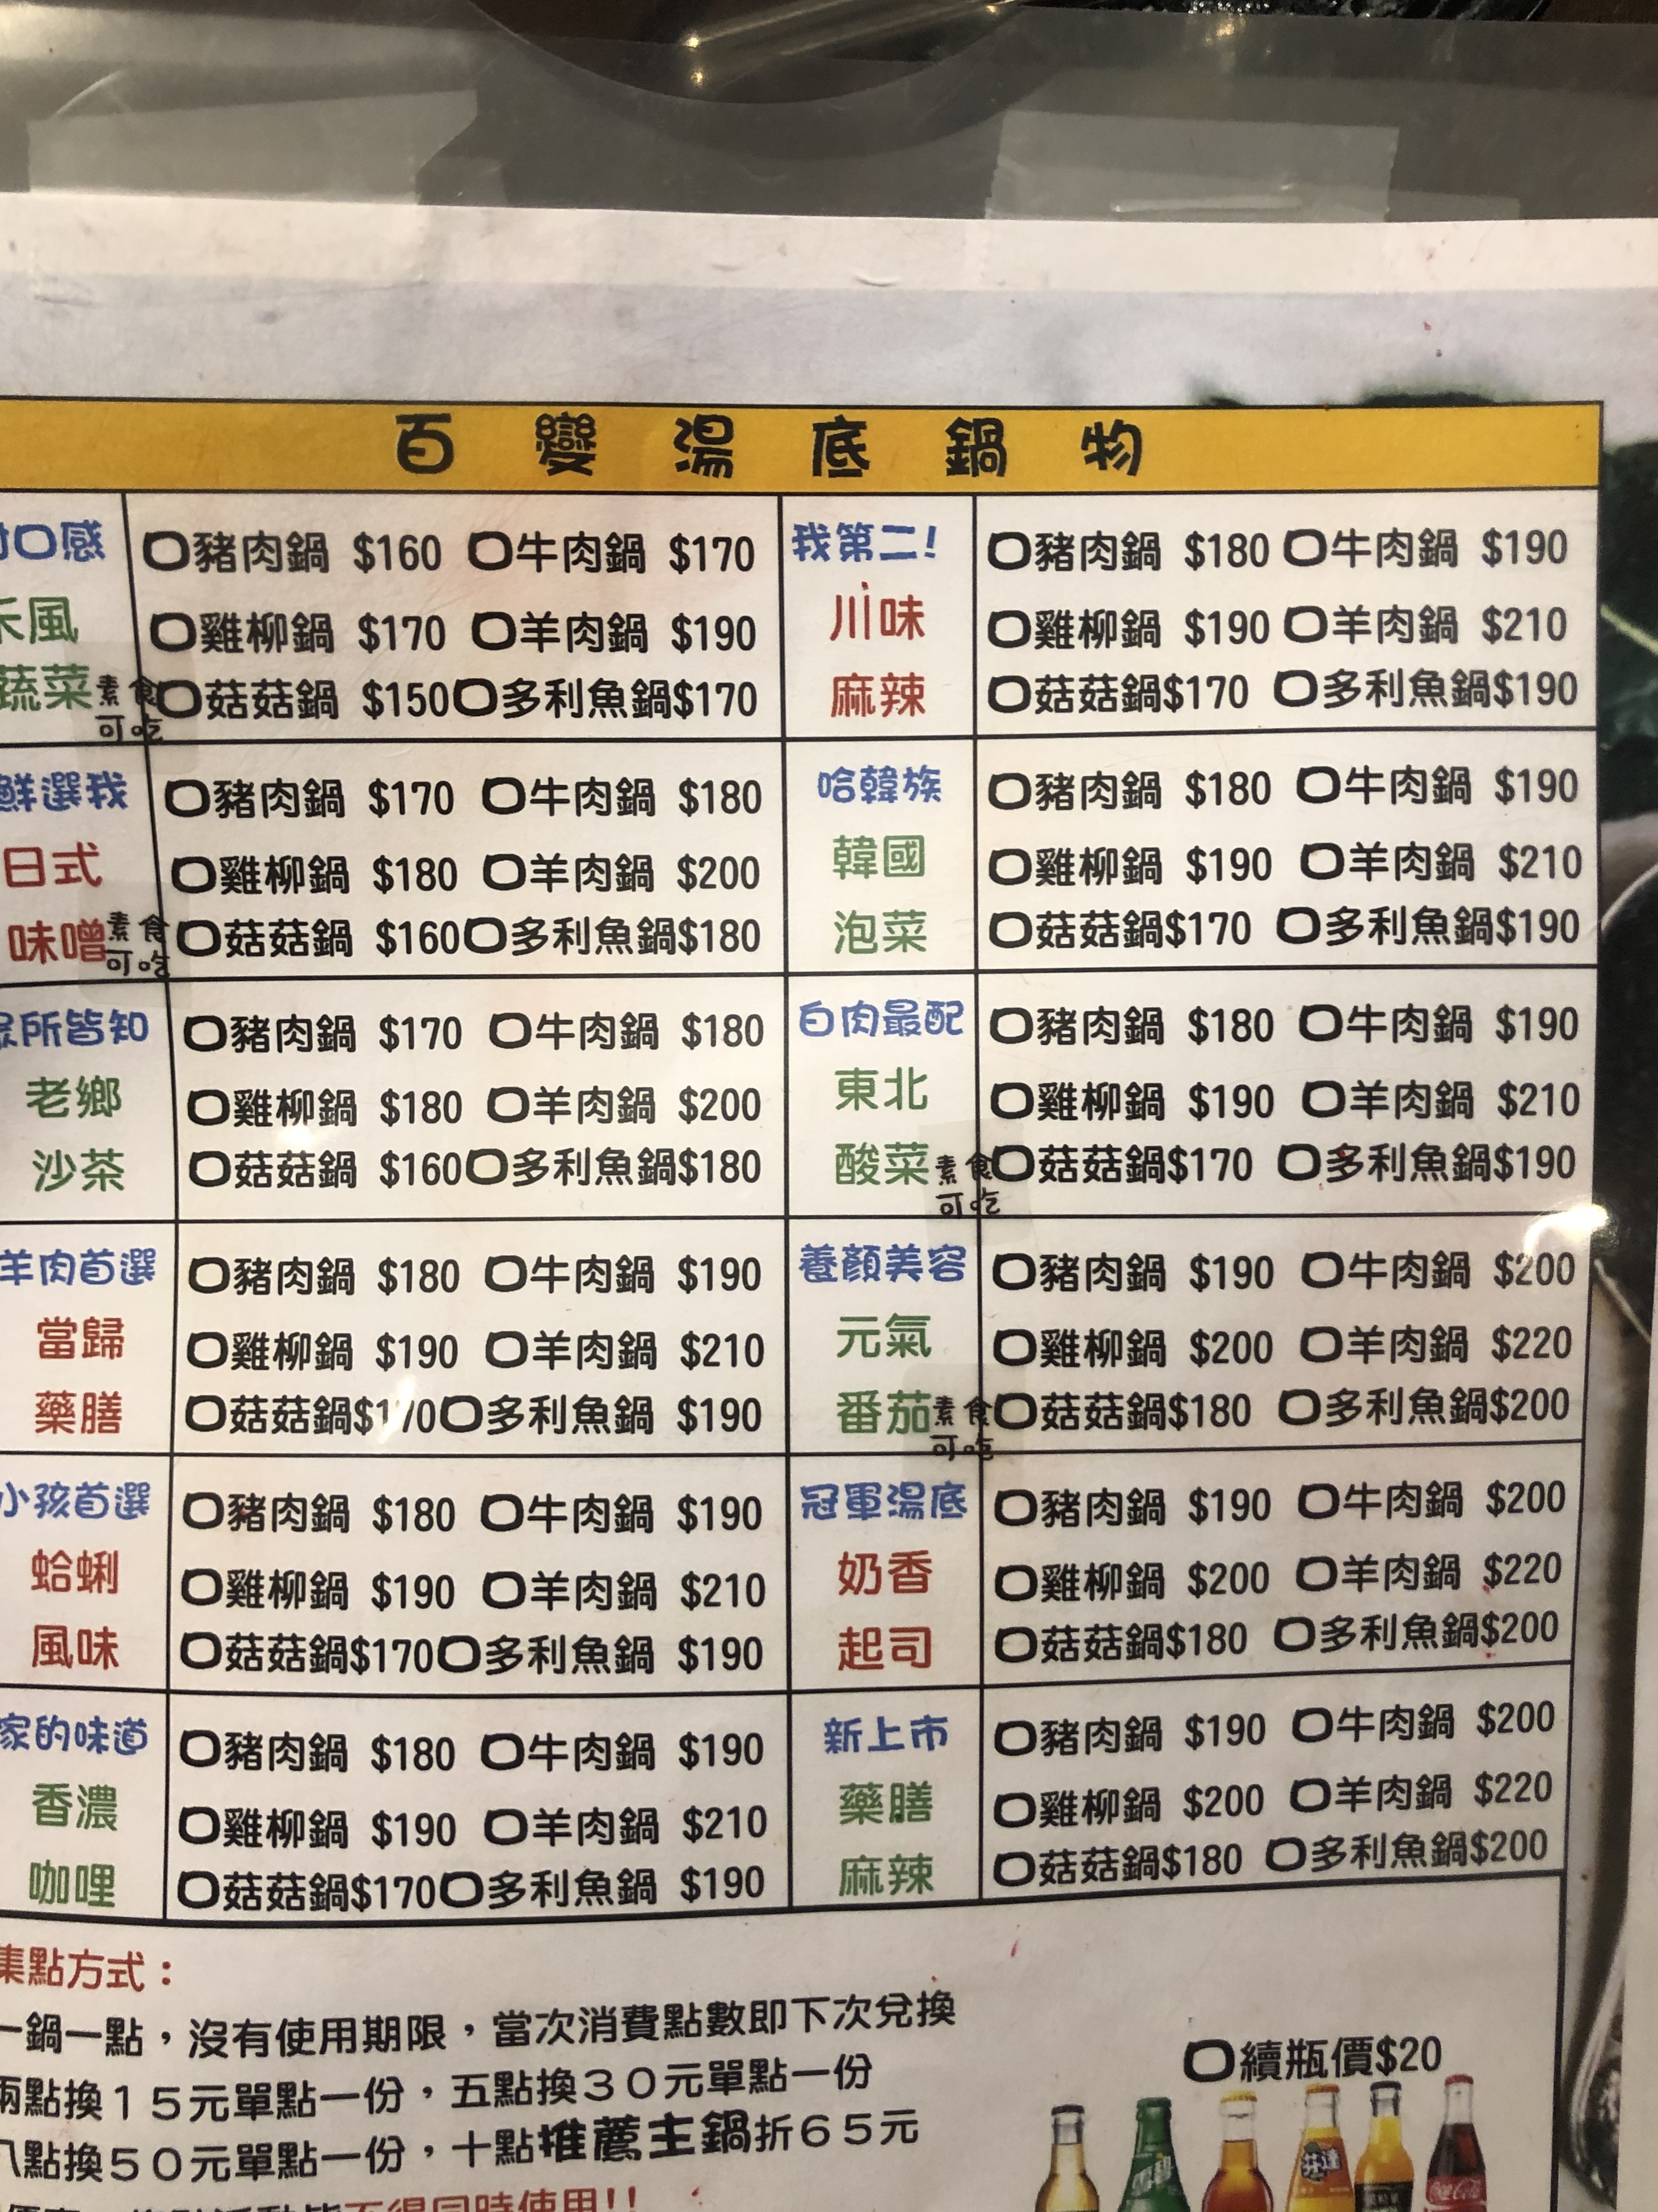
餐廳：百變湯底鍋
菜單：
name: O口味 豬肉鍋
price: 160
name: O口味 牛肉鍋
price: 170
name: O口味 雞柳鍋
price: 170
name: O口味 羊肉鍋
price: 190
name: O口味 菇菇鍋
price: 150
name: O口味 多利魚鍋
price: 170
name: 川味 麻辣 豬肉鍋
price: 180
name: 川味 麻辣 牛肉鍋
price: 190
name: 川味 麻辣 雞柳鍋
price: 190
name: 川味 麻辣 羊肉鍋
price: 210
name: 川味 麻辣 菇菇鍋
price: 170
name: 川味 麻辣 多利魚鍋
price: 190
name: 鮮選我 日式 味噌 豬肉鍋
price: 170
name: 鮮選我 日式 味噌 牛肉鍋
price: 180
name: 鮮選我 日式 味噌 雞柳鍋
price: 180
name: 鮮選我 日式 味噌 羊肉鍋
price: 200
name: 鮮選我 日式 味噌 菇菇鍋
price: 160
name: 鮮選我 日式 味噌 多利魚鍋
price: 180
name: 哈韓族 韓國 泡菜 豬肉鍋
price: 180
name: 哈韓族 韓國 泡菜 牛肉鍋
price: 190
name: 哈韓族 韓國 泡菜 雞柳鍋
price: 190
name: 哈韓族 韓國 泡菜 羊肉鍋
price: 210
name: 哈韓族 韓國 泡菜 菇菇鍋
price: 170
name: 哈韓族 韓國 泡菜 多利魚鍋
price: 190
name: 眾所皆知 老鄉 沙茶 豬肉鍋
price: 170
name: 眾所皆知 老鄉 沙茶 牛肉鍋
price: 180
name: 眾所皆知 老鄉 沙茶 雞柳鍋
price: 180
name: 眾所皆知 老鄉 沙茶 羊肉鍋
price: 200
name: 眾所皆知 老鄉 沙茶 菇菇鍋
price: 160
name: 眾所皆知 老鄉 沙茶 多利魚鍋
price: 180
name: 白肉最配 東北 酸菜 豬肉鍋
price: 180
name: 白肉最配 東北 酸菜 牛肉鍋
price: 190
name: 白肉最配 東北 酸菜 雞柳鍋
price: 190
name: 白肉最配 東北 酸菜 羊肉鍋
price: 210
name: 白肉最配 東北 酸菜 菇菇鍋
price: 170
name: 白肉最配 東北 酸菜 多利魚鍋
price: 190
name: 羊肉首選 當歸 藥膳 豬肉鍋
price: 180
name: 羊肉首選 當歸 藥膳 牛肉鍋
price: 190
name: 羊肉首選 當歸 藥膳 雞柳鍋
price: 190
name: 羊肉首選 當歸 藥膳 羊肉鍋
price: 210
name: 羊肉首選 當歸 藥膳 菇菇鍋
price: 170
name: 羊肉首選 當歸 藥膳 多利魚鍋
price: 190
name: 養顏美容 元氣 番茄 豬肉鍋
price: 190
name: 養顏美容 元氣 番茄 牛肉鍋
price: 200
name: 養顏美容 元氣 番茄 雞柳鍋
price: 200
name: 養顏美容 元氣 番茄 羊肉鍋
price: 220
name: 養顏美容 元氣 番茄 菇菇鍋
price: 180
name: 養顏美容 元氣 番茄 多利魚鍋
price: 200
name: 小孩首選 蛤蜊風味 豬肉鍋
price: 180
name: 小孩首選 蛤蜊風味 牛肉鍋
price: 190
name: 小孩首選 蛤蜊風味 雞柳鍋
price: 190
name: 小孩首選 蛤蜊風味 羊肉鍋
price: 210
name: 小孩首選 蛤蜊風味 菇菇鍋
price: 170
name: 小孩首選 蛤蜊風味 多利魚鍋
price: 190
name: 家的味道 香濃 咖哩 豬肉鍋
price: 180
name: 家的味道 香濃 咖哩 牛肉鍋
price: 190
name: 家的味道 香濃 咖哩 雞柳鍋
price: 190
name: 家的味道 香濃 咖哩 羊肉鍋
price: 210
name: 家的味道 香濃 咖哩 菇菇鍋
price: 170
name: 家的味道 香濃 咖哩 多利魚鍋
price: 190
name: 冠軍湯底 奶香 起司 豬肉鍋
price: 190
name: 冠軍湯底 奶香 起司 牛肉鍋
price: 200
name: 冠軍湯底 奶香 起司 雞柳鍋
price: 200
name: 冠軍湯底 奶香 起司 羊肉鍋
price: 220
name: 冠軍湯底 奶香 起司 菇菇鍋
price: 180
name: 冠軍湯底 奶香 起司 多利魚鍋
price: 200
name: 新上市 藥膳 麻辣 豬肉鍋
price: 190
name: 新上市 藥膳 麻辣 牛肉鍋
price: 200
name: 新上市 藥膳 麻辣 雞柳鍋
price: 200
name: 新上市 藥膳 麻辣 羊肉鍋
price: 220
name: 新上市 藥膳 麻辣 菇菇鍋
price: 180
name: 新上市 藥膳 麻辣 多利魚鍋
price: 200
name: 續瓶價
price: 20